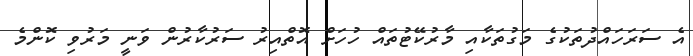
އެ ސަރަހައްދުތަކުގެ މަގުތަކާއި މާރުކޭޓުތައް ހުހަށް އޮތްއިރު ސަރުކާރުން ވަނީ މަރުވި ކޮންމެ